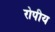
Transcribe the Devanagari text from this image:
रोपीय